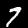
Label: 7